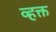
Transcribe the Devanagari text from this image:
व्हक्त